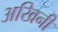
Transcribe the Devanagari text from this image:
अखिनी